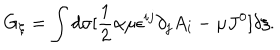
G _ { \xi } = \int d \sigma [ \frac { 1 } { 2 } \alpha \mu \epsilon ^ { i j } \partial _ { j } A _ { i } - \mu J ^ { 0 } ] \delta \xi .